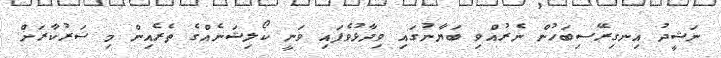
ނަޝީދު އިނގިރޭސިބަހުން ނެރުއްވި ބަޔާނުގައި ވިދާޅުވެފައި ވަނީ ކޯލިޝަނެއްގެ ތެރެއިން މި ސަރުކާރަށް